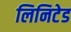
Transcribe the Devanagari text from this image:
लिनिटेड